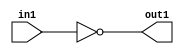
`timescale 1ps / 1ps
/*****************************************************************************
    Verilog RTL Description
    
    
    Created by: Stratus DpOpt 2019.1.01 
*******************************************************************************/

module DC_Filter_Equal_1U_14_4 (
	in1,
	out1
	); /* architecture "behavioural" */ 
input [8:0] in1;
output  out1;
wire  asc001;

assign asc001 = (14'B00000000000000==in1);

assign out1 = asc001;
endmodule

/* CADENCE  urjxTAo= : u9/ySgnWtBlWxVPRXgAZ4Og= ** DO NOT EDIT THIS LINE ******/